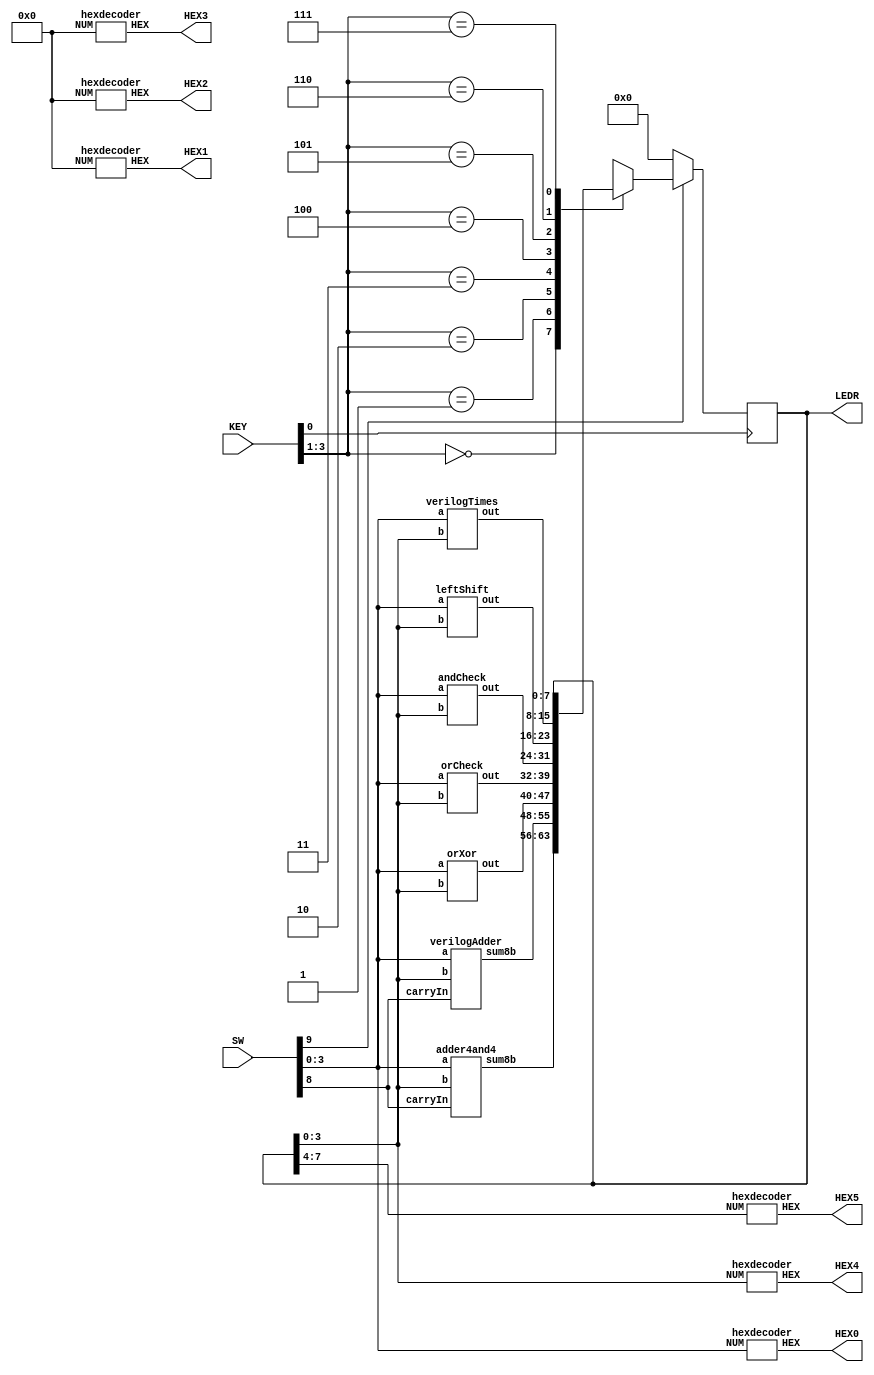
`timescale 1ns / 1ns // `timescale time_unit/time_precision

module part2(LEDR, SW, HEX0, HEX1, HEX2, HEX3, HEX4, HEX5, KEY);

	input [9:0] SW;
	input [3:0] KEY;
	output [7:0] LEDR;
	output [6:0] HEX0,HEX1,HEX2,HEX3,HEX4,HEX5;
	
	wire [7:0] part2AdderOut, verilogAdderOut, orXorOut, orOut, andOut, sigInsigOut, leftShiftOut, verilogTimesOut;

	reg [7:0] register_8b;
	
	adder4and4 u0(
		.a(SW[3:0]), 
		.b(register_8b[3:0]), 
		.carryIn(SW[8]), 
		.sum8b(part2AdderOut[7:0])
	);
	
	verilogAdder u1(
		.a(SW[3:0]),
		.b(register_8b[3:0]),
		.carryIn(SW[8]),
		.sum8b(verilogAdderOut[7:0])
	);
	
	orXor u2(
		.a(SW[3:0]),
		.b(register_8b[3:0]),
		.out(orXorOut[7:0])
	);
	
	orCheck u3(
		.a(SW[3:0]),
		.b(register_8b[3:0]),
		.out(orOut[7:0])
	);
	
	andCheck u4(
		.a(SW[3:0]),
		.b(register_8b[3:0]),
		.out(andOut[7:0])
	);
	
	sigInsig u5(
		.a(SW[3:0]),
		.b(register_8b[3:0]),
		.out(sigInsigOut[7:0])
	);
	
	leftShift u6(
		.a(SW[3:0]),
		.b(register_8b[3:0]),
		.out(leftShiftOut[7:0])
	);
	
	verilogTimes u7(
		.a(SW[3:0]),
		.b(register_8b[3:0]),
		.out(verilogTimesOut[7:0])
	);
	
	always @(posedge KEY[0]) // declare always block
	begin
		if (SW[9] == 1'b0)
			register_8b <= 8'b00000000;
		else
			begin
			case (KEY[3:1]) // start case statement
				3'b000: register_8b <= part2AdderOut;			//A + B using the adder from Part II of this Lab
				3'b001: register_8b <= verilogAdderOut;		//A + B using the Verilog + operator
				3'b010: register_8b <= orXorOut;				//A XOR B in the lower four bits and A OR B in the upper four bits
				3'b011: register_8b <= orOut;					//Output 8b00011000 if at least 1 of the 8 bits in the two inputs is 1 using a single OR operation
				3'b100: register_8b <= andOut;					//Output 8b11100111 if all of the 8 bits in the two inputs are 1 using a single AND operation
				3'b101: register_8b <= leftShiftOut;			//Display the A switches in the most significant four bits and the complement of the B switches in the least significant four bits without complementing the bits individually
				3'b110: register_8b <= verilogTimesOut;
				3'b111: register_8b <= register_8b;
				default: register_8b <= 8'b00000000;
			endcase
		end
	end
	
	hexdecoder hex0(
		.HEX(HEX0),
		.NUM(SW[3:0])
	);
	
	hexdecoder hex1(
		.HEX(HEX1),
		.NUM(4'b0000)
	);
	
	hexdecoder hex2(
		.HEX(HEX2),
		.NUM(4'b0000)
	);
	
	hexdecoder hex3(
		.HEX(HEX3),
		.NUM(4'b0000)
	);
	
	hexdecoder hex4(
		.HEX(HEX4),
		.NUM(register_8b[3:0])
	);
	
	hexdecoder hex5(
		.HEX(HEX5),
		.NUM(register_8b[7:4])
	);
	
	assign LEDR[7:0] = register_8b[7:0];

endmodule

module adder4and4(a, b, carryIn, sum8b);

	input [3:0] a, b;
	input carryIn;
	output [7:0] sum8b;
	
	wire [3:0] adderCarryOut, adderSum;
	
	adder adder0(
		.a(a[0]),
		.b(b[0]),
		.cin(carryIn),
		.cout(adderCarryOut[0]),
		.sum(adderSum[0])
	);
	
	adder adder1(
		.a(a[1]),
		.b(b[1]),
		.cin(adderCarryOut[0]),
		.cout(adderCarryOut[1]),
		.sum(adderSum[1])
	);
	
	adder adder2(
		.a(a[2]),
		.b(b[2]),
		.cin(adderCarryOut[1]),
		.cout(adderCarryOut[2]),
		.sum(adderSum[2])
	);
	
	adder adder3(
		.a(a[3]),
		.b(b[3]),
		.cin(adderCarryOut[2]),
		.cout(adderCarryOut[3]),
		.sum(adderSum[3])
	);

	assign sum8b = {{3{1'b0}}, {adderCarryOut[3]}, {adderSum [3:0]}};
	
endmodule

module adder(a, b, cin, cout, sum);
 
	input a, b, cin;
	output cout, sum;
	 
	wire xor1out;
 
	xor xor1(xor1out, a, b);
	xor xor2(sum, cin, xor1out);
	
	mux2to1 u0(
		 .x(b), 
		 .y(cin), 
		 .s(xor1out), 
		 .m(cout)
		 );
		 
endmodule
 
module mux2to1(x, y, s, m);

    input x, y, s;
    output m;
  
    //assign m = s & y | ~s & x;
	 
    assign m = s ? y : x;

endmodule

module verilogAdder(a, b, carryIn, sum8b);

	input [3:0] a, b;
	input carryIn;
	output [7:0] sum8b;
	
	assign sum8b = a + b + carryIn;

endmodule

module orXor(a, b, out);

	input [3:0] a, b;
	output [7:0] out;
	
	assign out[3:0] = a ^ b;
	assign out[7:4] = a | b;

endmodule

module orCheck(a, b, out);
	
	input [3:0] a, b;
	output [7:0] out;
	
	reg [7:0] out;
	
	wire orOut;
	
	or(orOut, a[3], a[1], a[2], a[0], b[3], b[1], b[2], b[0]);
	
	always @(orOut)
	begin
		if (orOut)
			out = 8'b00011000;
		else
			out = 8'b00000000;
	end
	
endmodule

module andCheck(a, b, out);
	
	input [3:0] a, b;
	output [7:0] out;
	
	reg [7:0] out;
	
	wire andOut;
	
	and(andOut, a[3], a[1], a[2], a[0], b[3], b[1], b[2], b[0]);
	
	always @(andOut)
	begin
		if (andOut)
			out = 8'b11100111;
		else
			out = 8'b00000000;
	end
	
endmodule

module sigInsig(a, b, out);
	
	input [3:0] a, b;
	output [7:0] out;
	
	assign out[7:4] = a[3:0];
	assign out[3:0] = ~b[3:0];

endmodule

module leftShift(a, b, out);
	
	input [3:0] a, b;
	output [7:0] out;
	
	assign out = a << b;

endmodule

module verilogTimes(a, b, out);
	
	input [3:0] a, b;
	output [7:0] out;
	
	assign out = a * b;

endmodule

module hexdecoder(HEX, NUM);

    input [3:0] NUM;
    output [6:0] HEX;
	 
	 segment0 seg0(
			.c3(NUM[3]),
			.c2(NUM[2]),
			.c1(NUM[1]),
			.c0(NUM[0]),
			.out(HEX[0])
			);
		  
	 segment1 seg1(
			.c3(NUM[3]),
			.c2(NUM[2]),
			.c1(NUM[1]),
			.c0(NUM[0]),
			.out(HEX[1])
			);
		  
	 segment2 seg2(
			.c3(NUM[3]),
			.c2(NUM[2]),
			.c1(NUM[1]),
			.c0(NUM[0]),
			.out(HEX[2])
			);
		  
	 segment3 seg3(
			.c3(NUM[3]),
			.c2(NUM[2]),
			.c1(NUM[1]),
			.c0(NUM[0]),
			.out(HEX[3])
			);
		  
	 segment4 seg4(
			.c3(NUM[3]),
			.c2(NUM[2]),
			.c1(NUM[1]),
			.c0(NUM[0]),
			.out(HEX[4])
			);
		  
	 segment5 seg5(
			.c3(NUM[3]),
			.c2(NUM[2]),
			.c1(NUM[1]),
			.c0(NUM[0]),
			.out(HEX[5])
			);
		  
	 segment6 seg6(
			.c3(NUM[3]),
			.c2(NUM[2]),
			.c1(NUM[1]),
			.c0(NUM[0]),
			.out(HEX[6])
			);
		  
endmodule

module segment0(c3, c2, c1, c0, out);
	 input c3, c2, c1, c0;
	 output out;
	 
	 assign out = !((c3 & ~c2 & ~c1) | (c3 & ~c0) | (c2 & c1) | (c2 & c0 & ~c3) | (c1 & ~c3) | (~c2 & ~c0));
	 
endmodule

module segment1(c3, c2, c1, c0, out);
	 input c3, c2, c1, c0;
	 output out;
	 
	 assign out = !((c3 & c0 & ~c1) | (c1 & c0 & ~c3) | (~c3 & ~c1 & ~c0) | (~c2 & ~c1) | (~c2 & ~c0));
	 
endmodule

module segment2(c3, c2, c1, c0, out);
	 input c3, c2, c1, c0;
	 output out;
	 
	 assign out = !((c3 & ~c2) | (~c3 & c2) | (~c3 & c0) | (~c1 & c0) | (~c3 & ~c1));
	 
endmodule

module segment3(c3, c2, c1, c0, out);
	 input c3, c2, c1, c0;
	 output out;
	 
	 assign out = !((c3 & c2 & ~c0) | (c3 & ~c1 & ~c0) | (c2 & c0 & ~c1) | (c1 & c0 & ~c2) | (c1 & ~c3 & ~c0) | (~c3 & ~c2 & ~c0) | (~c2 & ~c1 & ~c0));
	 
endmodule

module segment4(c3, c2, c1, c0, out);
	 input c3, c2, c1, c0;
	 output out;
	 
	 assign out = !((c3 & c2) | (c3 & c1) | (c1 & ~c0) | (~c2 & ~c0));
	 
endmodule

module segment5(c3, c2, c1, c0, out);
	 input c3, c2, c1, c0;
	 output out;
	 
	 assign out = !((c3 & c1) | (c3 & ~c2) | (~c3 & c2 & ~c1) | (c2 & ~c0) | (~c1 & ~c0));
	 
endmodule

module segment6(c3, c2, c1, c0, out);
	 input c3, c2, c1, c0;
	 output out;
	 
	 assign out = !((c3 & c0) | (c3 & ~c2) | (~c3 & c2 & ~c1) | (c1 & ~c2) | (c1 & ~c0));
	 
endmodule